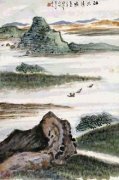
剩水残山无态度，被疏梅料理成风月。